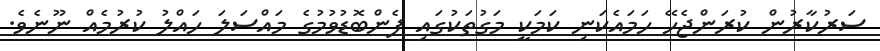
ސަރުކާރުން ކުރަންޖެހޭ ހަމައެކަނި ކަމަކީ މަގުތަކުގައި ފެންބޮޑުވުމުގެ މައްސަލަ ހައްލު ކުރުމެއް ނޫނެވެ.